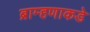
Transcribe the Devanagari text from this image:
ब्राम्हणाकडे